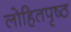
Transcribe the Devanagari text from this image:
लोहितपृष्ठ